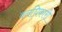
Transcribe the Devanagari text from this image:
वनधिकारी